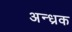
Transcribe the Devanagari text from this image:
अन्ध्रक